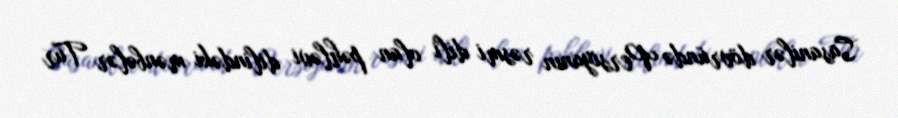
Sasanilər dövründə Persiyanın rəsmi dili olan pəhləvi dilindəki mənbələr Tur